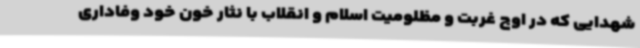
شهدایی که در اوج غربت و مظلومیت اسلام و انقلاب با نثار خون خود وفاداری